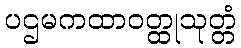
ပဌမကထာဝတ္ထုသုတ္တံ